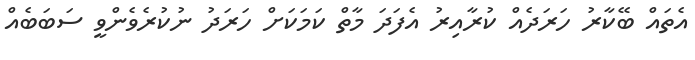
އެތައް ބޭކާރު ހަރަދެއް ކުރާއިރު އެފަދަ މާތް ކަމަކަށް ހަރަދު ނުކުރެވެންވީ ސަބަބެއް